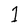
Character: 1